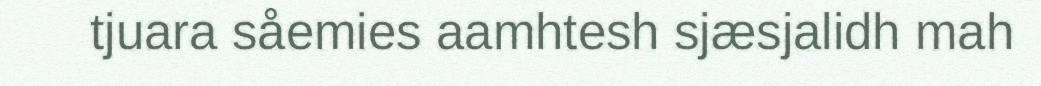
tjuara såemies aamhtesh sjæsjalidh mah